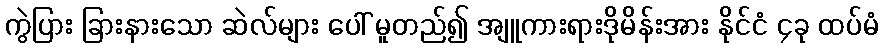
ကွဲပြား ခြားနားသော ဆဲလ်များ ပေါ် မူတည်၍ အျူကားရားဒိုမိန်းအား နိုင်ငံ ၄ခု ထပ်မံ